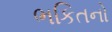
ભકિતનો